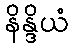
နိန္ဒိယံ